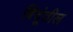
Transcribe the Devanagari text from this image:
बिंदूंतील